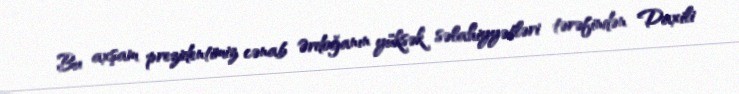
Bu axşam prezidentimiz cənab Ərdoğanın yüksək səlahiyyətləri tərəfindən Daxili